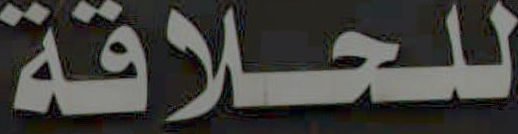
للحلاقة